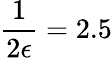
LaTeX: \frac{1}{2\epsilon}=2.5